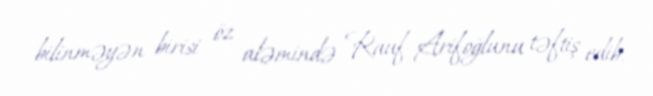
bilinməyən birisi öz aləmində Rauf Arifoğlunu təftiş edib.